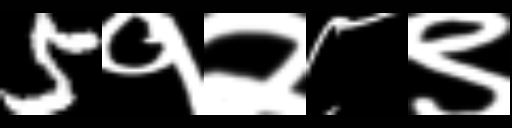
Text: 5१२८९